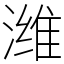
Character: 潍